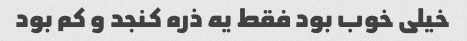
خیلی خوب بود فقط یه ذره کنجد و کم بود